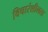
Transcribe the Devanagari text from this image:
विचारंशीलता